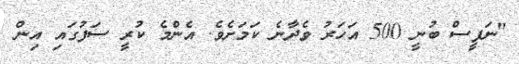
"ނަފީސް ބުނީ 500 އަހަރު ވެދާނެ ކަމަށެވެ. އެންމެ ކުރީ ސަފުގައި އިން